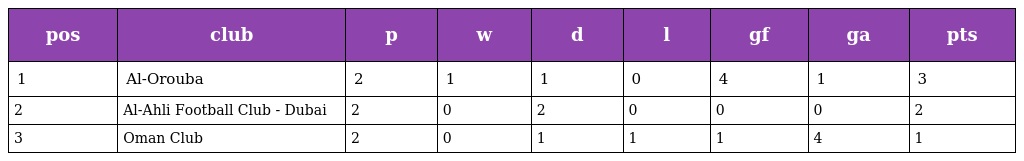
| pos | club | p | w | d | l | gf | ga | pts |
 | --- | --- | --- | --- | --- | --- | --- | --- | --- |
 | 1 | Al-Orouba | 2 | 1 | 1 | 0 | 4 | 1 | 3 |
 | 2 | Al-Ahli Football Club - Dubai | 2 | 0 | 2 | 0 | 0 | 0 | 2 |
 | 3 | Oman Club | 2 | 0 | 1 | 1 | 1 | 4 | 1 |